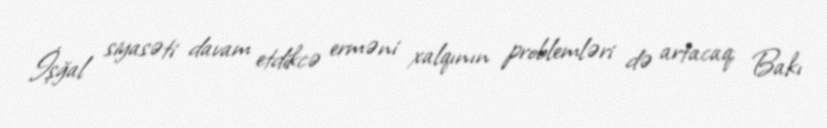
İşğal siyasəti davam etdikcə erməni xalqının problemləri də artacaq; Bakı